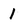
Character: 1